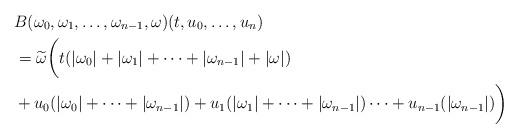
LaTeX: \begin{align*} &B(\omega_0, \omega_1, \dots, \omega_{n-1}, \omega)(t, u_0, \dots, u_n) \\ &= \widetilde{\omega}\biggl(t (|\omega_0| + |\omega_1| + \cdots + |\omega_{n-1}| + |\omega|)\\ &+ u_0 (|\omega_0| + \cdots + |\omega_{n-1}|) + u_1 (|\omega_1| + \cdots + |\omega_{n-1}|) \cdots + u_{n-1} (|\omega_{n-1}|)\biggr)\end{align*}